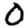
Digit: 0